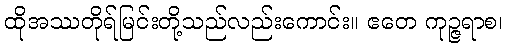
ထိုအဿတိုရ်မြင်းတို့သည်လည်းကောင်း။ ဧတေ ကုဉ္ဇရာစ၊